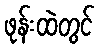
ဖုန်းထဲတွင်